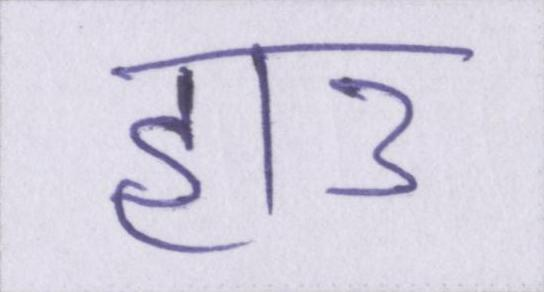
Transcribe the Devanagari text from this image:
हाउ